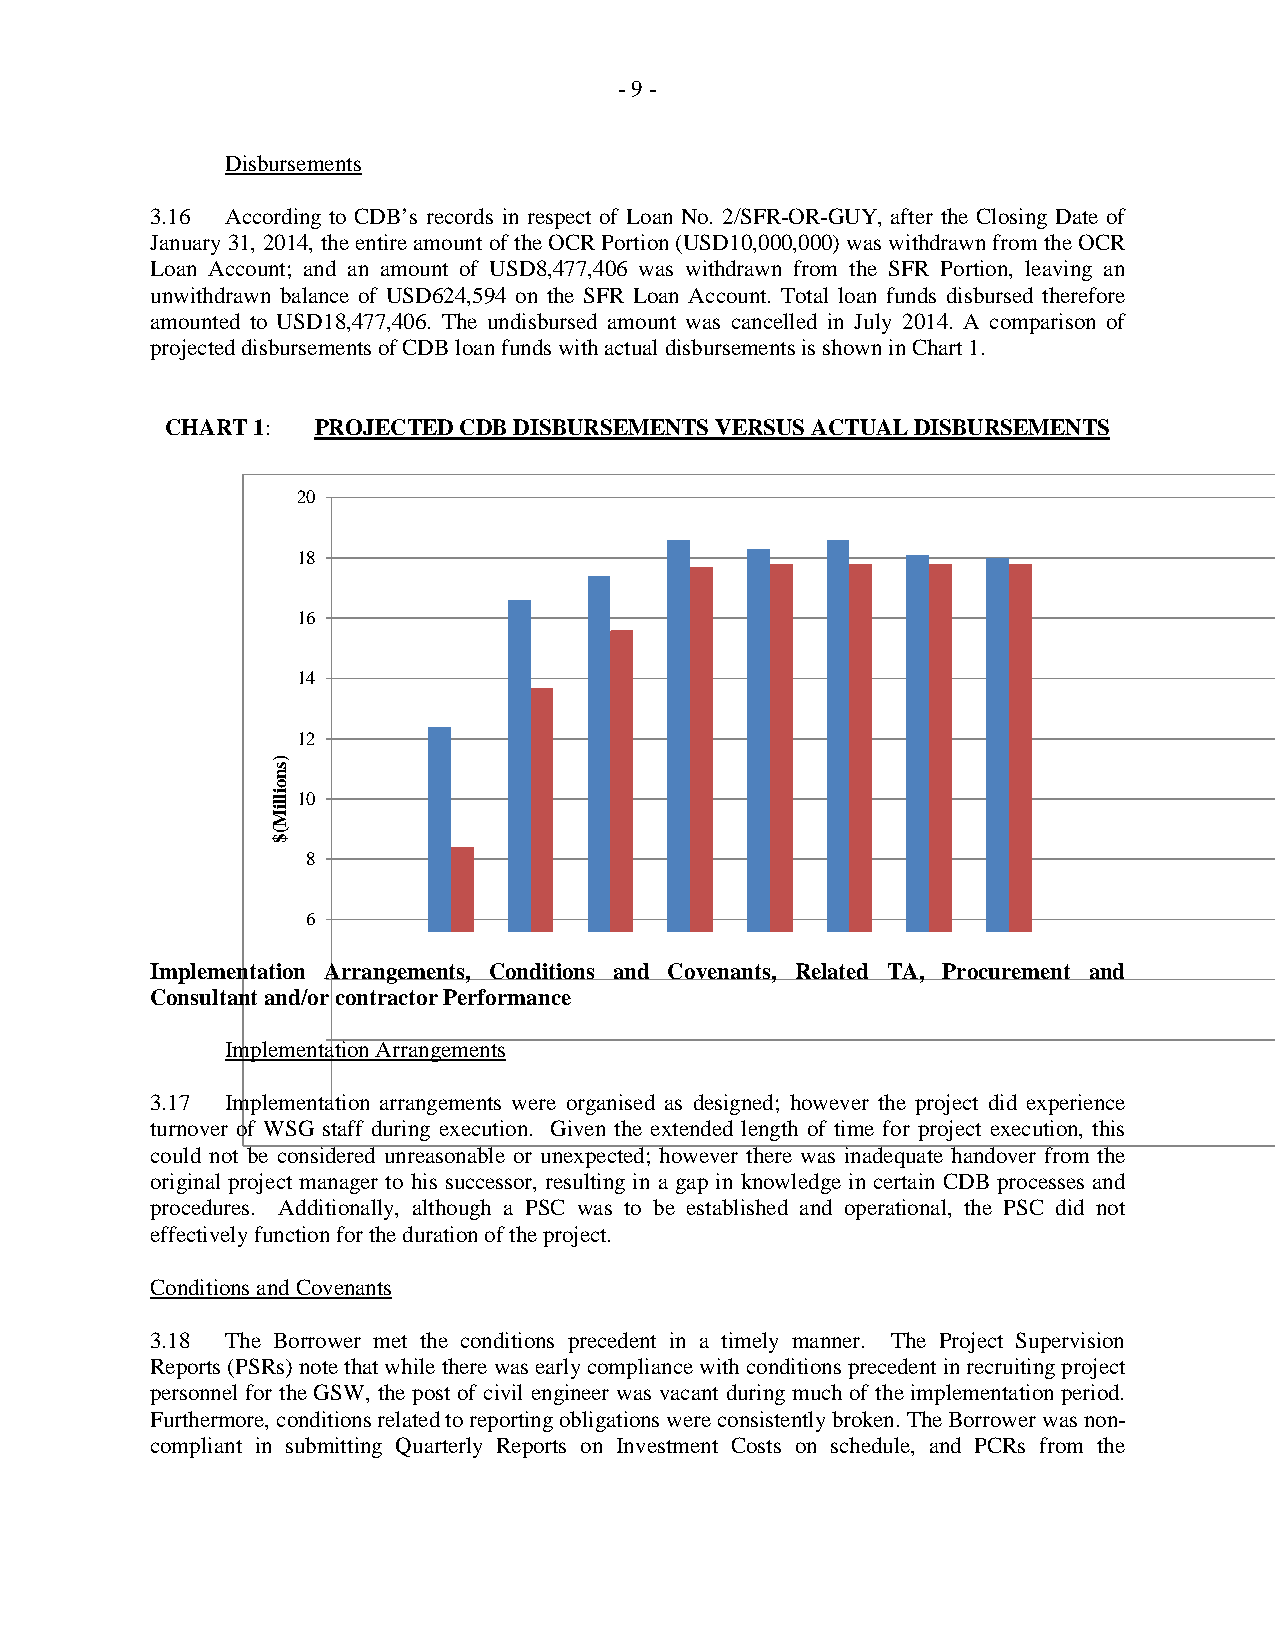
- 9 -
 Disbursements
 3.16 According to CDB’s records in respect of Loan No. 2/SFR-OR-GUY, after the Closing Date of
 January 31, 2014, the entire amount of the OCR Portion (USD10,000,000) was withdrawn from the OCR
 Loan Account; and an amount of USD8,477,406 was withdrawn from the SFR Portion, leaving an
 unwithdrawn balance of USD624,594 on the SFR Loan Account. Total loan funds disbursed therefore
 amounted to USD18,477,406. The undisbursed amount was cancelled in July 2014. A comparison of
 projected disbursements of CDB loan funds with actual disbursements is shown in Chart 1.
 CHART 1:  PROJECTED CDB DISBURSEMENTS VERSUS ACTUAL DISBURSEMENTS
 20
 18
 16
 14
 12
 10
 8
 6
 Implementation Arrangements, Conditions and Covenants, Related TA, Procurement and
 Consultant and/or contractor Performance
 Implementation Arrangements
 3.17 Implementation arrangements were organised as designed; however the project did experience
 turnover of WSG staff during execution. Given the extended length of time for project execution, this
 could not be considered unreasonable or unexpected; however there was inadequate handover from the
 original project manager to his successor, resulting in a gap in knowledge in certain CDB processes and
 procedures. Additionally, although a PSC was to be established and operational, the PSC did not
 effectively function for the duration of the project.
 Conditions and Covenants
 3.18 The Borrower met the conditions precedent in a timely manner. The Project Supervision
 Reports (PSRs) note that while there was early compliance with conditions precedent in recruiting project
 personnel for the GSW, the post of civil engineer was vacant during much of the implementation period.
 Furthermore, conditions related to reporting obligations were consistently broken. The Borrower was non-
 compliant in submitting Quarterly Reports on Investment Costs on schedule, and PCRs from the
 )snoilliM($